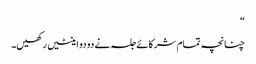
“
چنانچہ تمام شرکائے جلسہ نے دو دو اینٹیں رکھیں۔